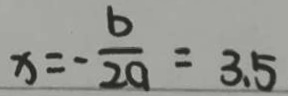
x = - \frac { b } { 2 a } = 3 . 5